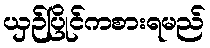
ယှဉ်ပြိုင်ကစားရမည်